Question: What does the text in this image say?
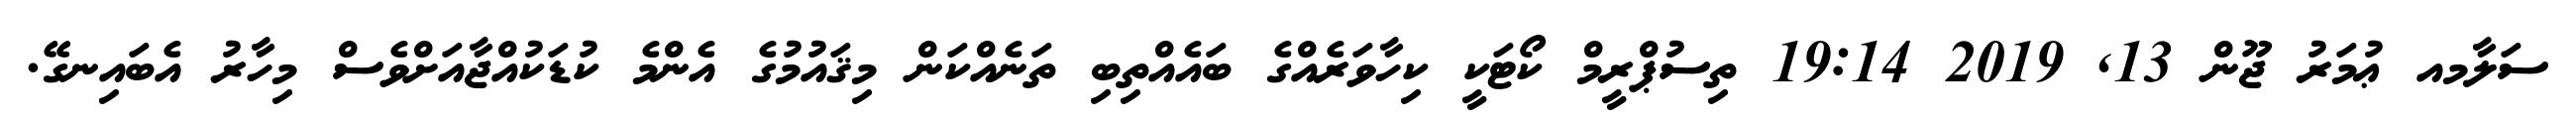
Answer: ސަލާމއ ޢުމަރު ޖޫން 13, 2019 19:14 ތިސުޕްރީމް ކޯޓަކީ ކިހާވަރެއްގެ ބައެއްތިބި ތަނެއްކަން މިޤައުމުގެ އެންމެ ކުޑަކުއްޖާއަށްވެސް މިހާރު އެބައިނގޭ.